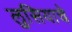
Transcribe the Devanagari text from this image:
लुसियाचे